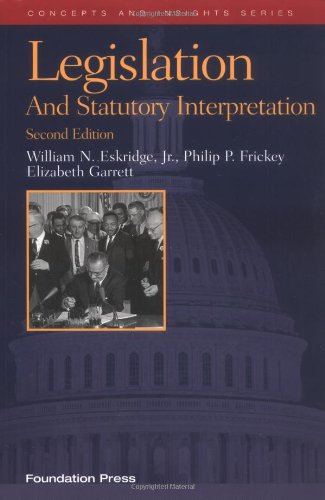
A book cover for Legislation and Statutory Interpretation, (Concepts and Insights); William Eskridge Jr; Law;